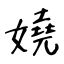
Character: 嬈